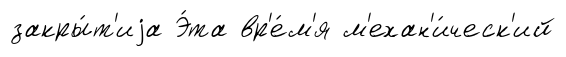
закры́т'иjа Э́та вр'е́м'я м'ехан'и́ческ'ий